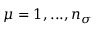
\mu = 1 , . . . , n _ { \sigma }